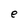
Character: e